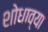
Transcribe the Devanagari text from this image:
शोधाव्या